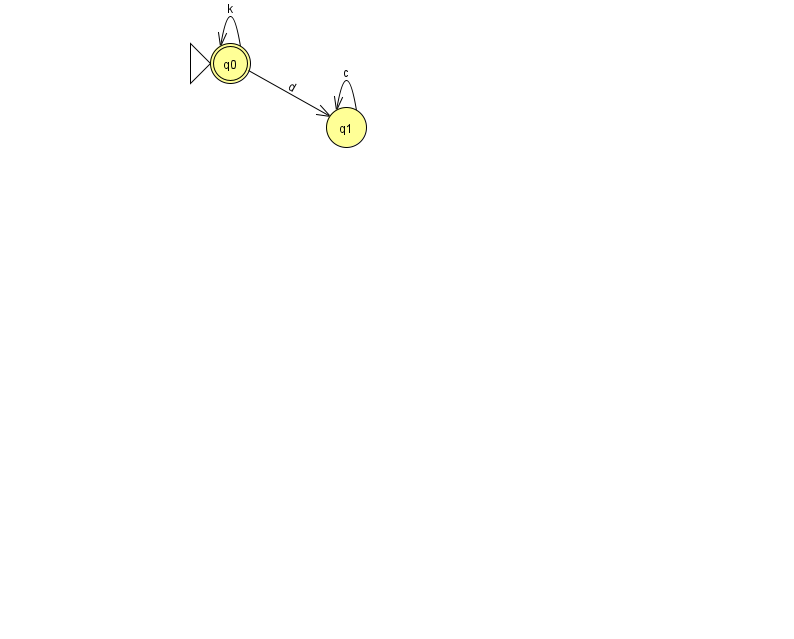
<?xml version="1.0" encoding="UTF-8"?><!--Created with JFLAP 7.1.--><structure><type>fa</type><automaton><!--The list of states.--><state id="0" name="q0"><x>230.0</x><y>50.0</y><initial/><final/></state><state id="1" name="q1"><x>346.0</x><y>114.0</y></state><!--The list of transitions.--><transition><from>1</from><to>1</to><read>c</read></transition><transition><from>0</from><to>0</to><read>k</read></transition><transition><from>0</from><to>1</to><read>d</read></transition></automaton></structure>